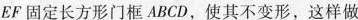
EF固定长方形门框ABCD，使其不变形，这样做